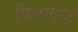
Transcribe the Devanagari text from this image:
पिलावळ